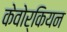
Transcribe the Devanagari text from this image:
केवोर्कियन